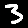
Digit: 3